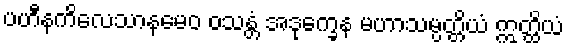
ပဟီနကိလေသာနမေဝ ဝသန္တံ အဒုက္ခေန မဟာသမ္ပတ္တိယံ ဣတ္ထိယံ